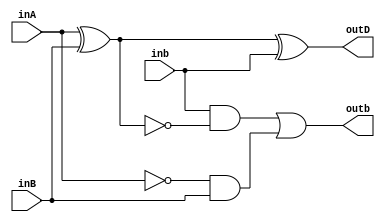
`timescale 1ns / 1ps

module full_subtractor(inA, inB, inb, outD, outb);

input inA, inB, inb;
output outD, outb;

assign outD=inA^inB^inb;
assign outb=(inb&(~(inA^inB)))|((~inA)&inB);

endmodule